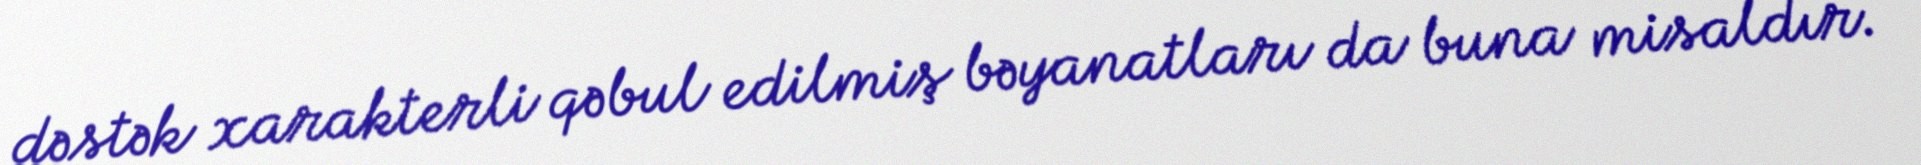
dəstək xarakterli qəbul edilmiş bəyanatları da buna misaldır.